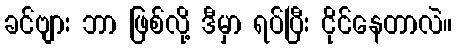
ခင်ဗျား ဘာ ဖြစ်လို့ ဒီမှာ ရပ်ပြီး ငိုင်နေတာလဲ။